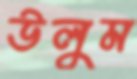
উলুম